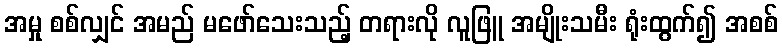
အမှု စစ်လျှင် အမည် မဖော်သေးသည့် တရားလို လူဖြူ အမျိုးသမီး ရုံးထွက်၍ အစစ်